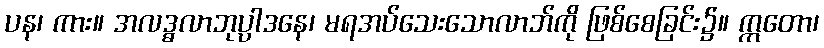
ပန၊ ကား။ အလဒ္ဓလာဘုပ္ပါဒနေ၊ မရအပ်သေးသောလာဘ်ကို ဖြစ်စေခြင်း၌။ ဣတော၊